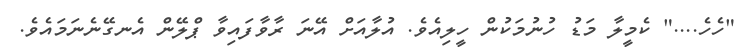
"ހެހެ...." ކެމީލާ މަޑު ހުނުމަކުން ހީލިއެވެ. އުލާއަށް އޭނަ ރާވާފައިވާ ޕްލޭން އެނގޭނެނަމައެވެ.